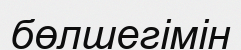
бөлшегімін